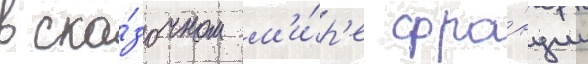
в ска́зочном м'и́р'е фра́нции